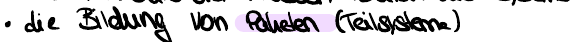
die Bildung von Paketen (Teilsystemen)